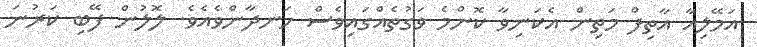
އަމޭލިއާ އާތިފް މަތިން އެކަނިވާ ކޮންމެ ވަގުތެއްގައިވެސް ހަނދާންވެއެވެ. ލޮލުން ފޭބި ކަރުނަ